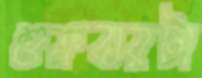
শুক্রবারটা